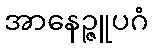
အာနေဉ္ဇူပဂံ